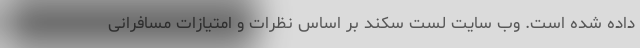
داده شده است. وب سایت لست سکند بر اساس نظرات و امتیازات مسافرانی